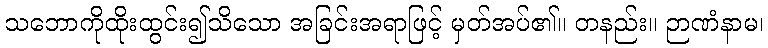
သဘောကိုထိုးထွင်း၍သိသော အခြင်းအရာဖြင့် မှတ်အပ်၏။ တနည်း။ ဉာဏံနာမ၊